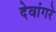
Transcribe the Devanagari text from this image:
देवांगरे